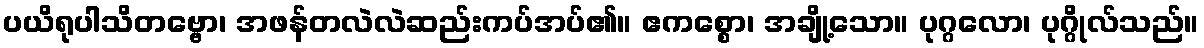
ပယိရုပါသိတဗ္ဗော၊ အဖန်တလဲလဲဆည်းကပ်အပ်၏။ ဧကစ္စော၊ အချို့သော။ ပုဂ္ဂလော၊ ပုဂ္ဂိုလ်သည်။